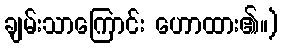
ချမ်းသာကြောင်း ဟောထား၏။)